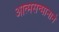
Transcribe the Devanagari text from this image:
आत्मसन्मानाने